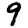
Digit: 9